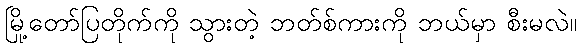
မြို့တော်ပြတိုက်ကို သွားတဲ့ ဘတ်စ်ကားကို ဘယ်မှာ စီးမလဲ။